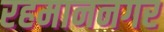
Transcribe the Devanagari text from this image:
रहमाननगर